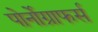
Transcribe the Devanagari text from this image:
पोर्नोग्राफर्स